Lunatic asylums United Provinces 1899-1908 - 1899-1908
Year: 1899
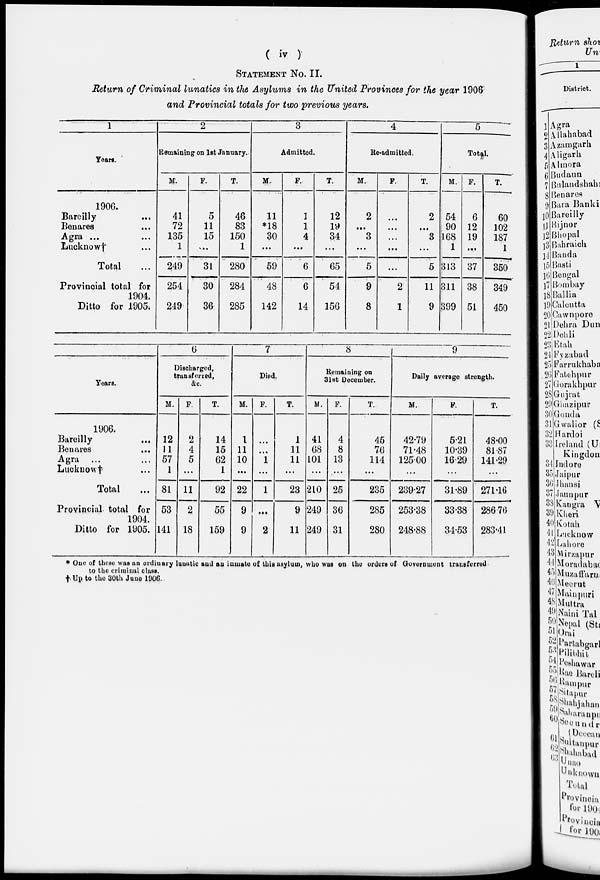
( iv )
STATEMENT NO. II.
Return of Criminal lunatics in the Asylums in the United Provinces for the year 1906
and Provincial totals for two previous years.
1
Years.
1906.
Bareilly ...
Benares ...
Agra ...
Lucknow † ...
Total ...
Provincial total for
1904.
Ditto for 1905.
2
Remaining on 1st January.
M.
41
72
135
1
249
254
249
F.
5
11
15
...
31
30
36
T.
46
83
150
1
280
284
285
3
Admitted.
M.
11
*18
30
...
59
48
142
F.
1
1
4
...
6
6
14
T.
12
19
34
...
65
54
156
4
Re-admitted.
M.
2
...
3
...
5
9
8
F.
...
...
...
...
...
2
1
T.
2
...
3
...
5
11
9
5
Total.
M.
54
90
168
1
313
311
399
F.
6
12
19
...
37
38
51
T.
60
102
187
1
350
349
450
Years.
1906.
Bareilly
...
Benares
Agra ...
Lucknow†
Total
Provincial total for
1904.
Ditto for 1905.
6
Discharged,
transferred,
&c.
M.
12
11
57
1
81
53
141
F.
2
4
5
...
11
2
18
T.
14
15
62
1
92
55
159
7
Died.
M.
1
11
10
...
22
9
9
F.
...
...
1
...
1
...
2
T.
1
11
11
...
23
9
11
8
Remaining on
31st December.
M.
41
68
101
...
210
249
249
F.
4
8
13
...
25
36
31
T.
45
76
114
...
235
285
280
9
Daily average strength.
M.
42.79
71.48
125.00
...
239.27
253.38
248.88
F.
5.21
10.39
16.29
...
31.89
33.38
34.53
T.
48.00
81.87
141.29
...
271.16
286.76
283.41
* One of these was an ordinary lunatic and an inmate of this asylum, who was on the orders of Government transferred
to the criminal class.
† Up to the 30th June 1906.